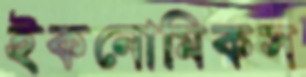
ইকনোমিকস